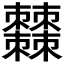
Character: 𣡍